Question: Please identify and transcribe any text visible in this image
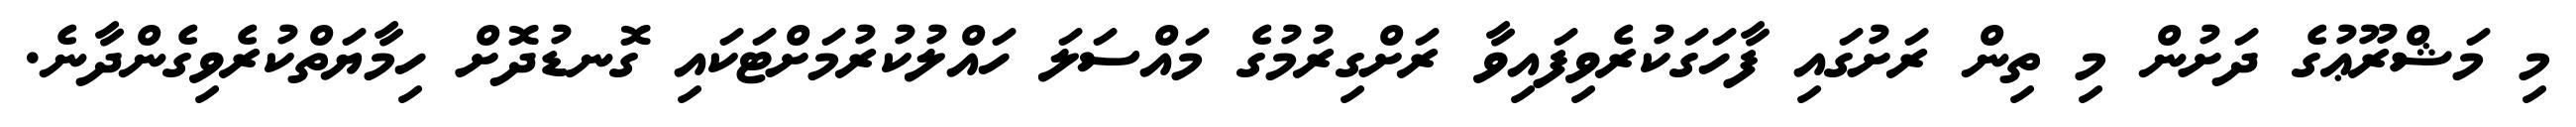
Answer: މި މަޝްރޫޢުގެ ދަށުން މި ތިން ރަށުގައި ފާހަގަކުރެވިފައިވާ ރަށްގިރުމުގެ މައްސަލަ ހައްލުކުރުމަށްޓަކައި ގޮނޑުދޮށް ހިމާޔަތްކުރެވިގެންދާނެ.